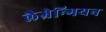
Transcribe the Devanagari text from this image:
लैग्रेन्गियन